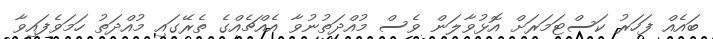
ބައެއް ފަހަރު ކަސްޓަމަރަށް އޮޅުވާލަން ވެސް މުއްދަތުނުވާ އެއްޗެއްގެ ތެރޭގައި މުއްދަތު ހަމަވެފައިވާ